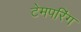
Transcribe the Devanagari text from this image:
टेमपरिंग